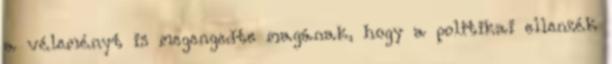
a véleményt is megengedte magának, hogy a politikai ellenzék